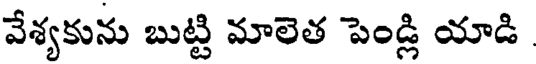
వేశ్యకును బుట్టి మాలెత పెండ్లి యాడి